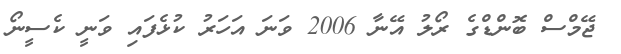
ޖޭމްސް ބޮންޑްގެ ރޯލު އޭނާ 2006 ވަނަ އަހަރު ކުޅެފައި ވަނީ ކެސީނޯ